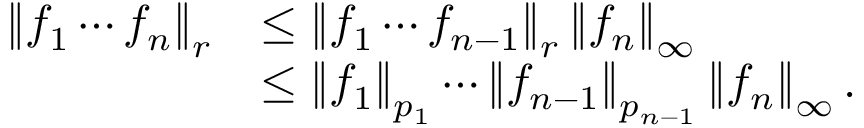
{ \begin{array} { r l } { \left\| f _ { 1 } \cdots f _ { n } \right\| _ { r } } & { \leq \left\| f _ { 1 } \cdots f _ { n - 1 } \right\| _ { r } \left\| f _ { n } \right\| _ { \infty } } \\ & { \leq \left\| f _ { 1 } \right\| _ { p _ { 1 } } \cdots \left\| f _ { n - 1 } \right\| _ { p _ { n - 1 } } \left\| f _ { n } \right\| _ { \infty } . } \end{array} }